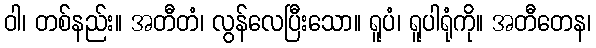
ဝါ၊ တစ်နည်း။ အတီတံ၊ လွန်လေပြီးသော။ ရူပံ၊ ရူပါရုံကို။ အတီတေန၊